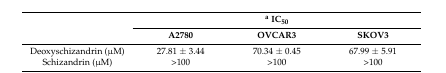
|  | <COLSPAN=3> a IC50 |
 |  | A2780 | OVCAR3 | SKOV3 |
 | --- | --- | --- | --- |
 | Deoxyschizandrin (μM) | 27.81 ± 3.44 | 70.34 ± 0.45 | 67.99 ± 5.91 |
 | Schizandrin (μM) | >100 | >100 | >100 |